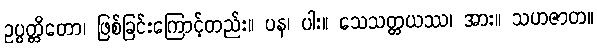
ဥပ္ပတ္တိတော၊ ဖြစ်ခြင်းကြောင့်တည်း။ ပန၊ ပါး။ သေသတ္တယဿ၊ အား။ သဟဇာတ။